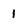
Character: 1